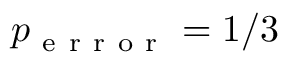
p _ { \mathrm { ~ e ~ r ~ r ~ o ~ r ~ } } = 1 / 3